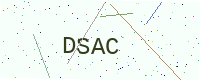
Text: DSAC